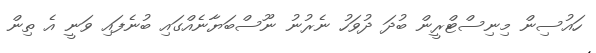
ހައުސިން މިނިސްޓްރީން ބުދަ ދުވަހު ނެރުނު ނޫސްބަޔާނެއްގައި ބުނެފައި ވަނީ އެ ތިން